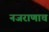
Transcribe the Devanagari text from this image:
नजराणाच